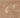
نعم